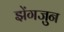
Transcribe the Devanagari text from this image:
झेंगजुन